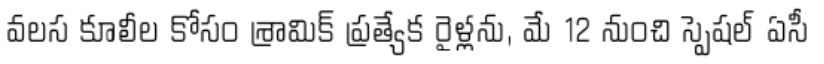
వలస కూలీల కోసం శ్రామిక్ ప్రత్యేక రైళ్లను, మే 12 నుంచి స్పెషల్ ఏసీ